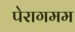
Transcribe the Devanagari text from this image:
पेरागमम